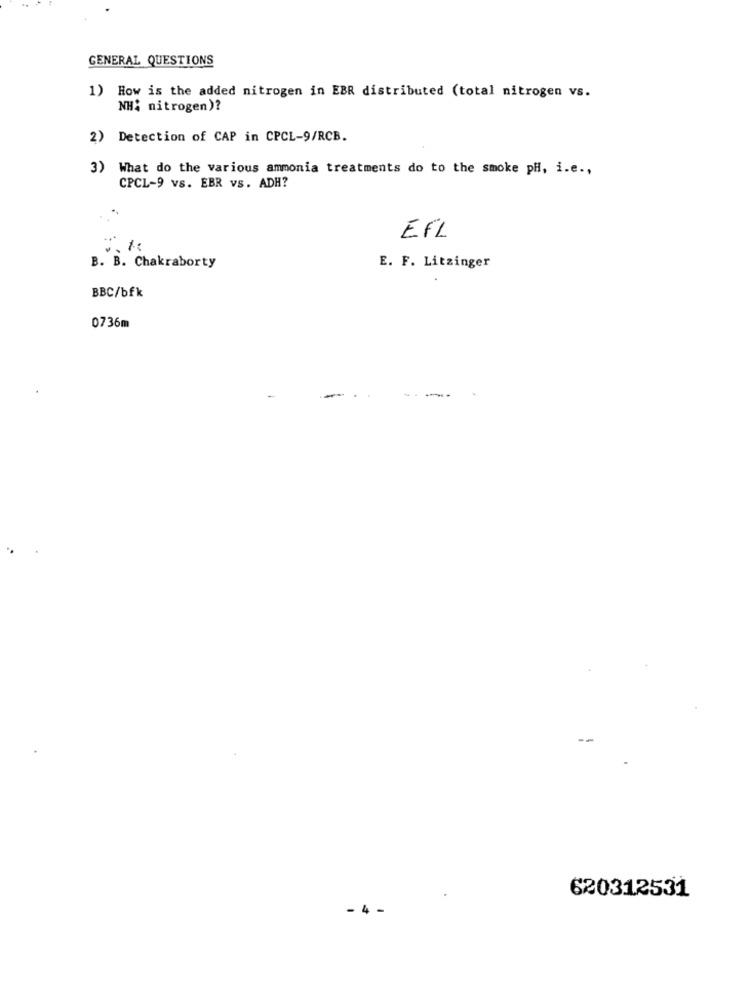
GENERAL QUESTIONS
1) How is the added nitrogen in EBR distributed (total nitrogen vs.
NHi nitrogen)?
2) Detection of CAP in CPCL-9/RCB.
3) What do the various ammonia treatments do to the smoke pH, i.e .,
CPCL-9 vs. EBR vs. ADH?
..
EFL
B. B. Chakraborty
E. F. Litzinger
BBC/bfk
0736m
--
620312531
- 4 -